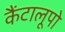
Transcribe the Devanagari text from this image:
कैंटालूपो